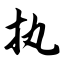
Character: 执